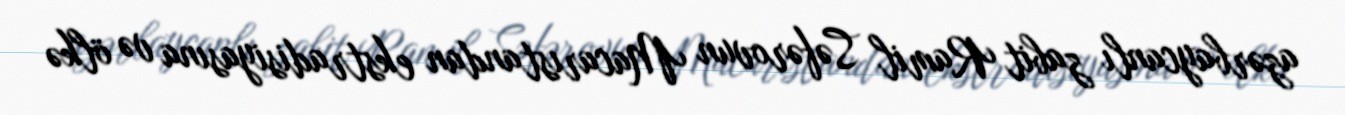
azərbaycanlı zabit Ramil Səfərovun Macarıstandan ekstradisiyasına və ölkə